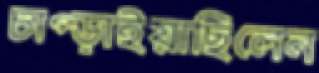
চাপ্‌ড়াইয়াছিলেন